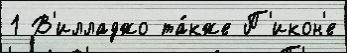
1 В'илладжо та́кже П'икон'е